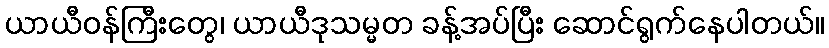
ယာယီဝန်ကြီးတွေ၊ ယာယီဒုသမ္မတ ခန့်အပ်ပြီး ဆောင်ရွက်နေပါတယ်။